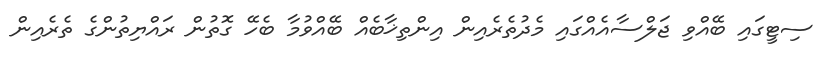
ސިޓީގައި ބޭއްވި ޖަލްސާއެއްގައި މެދުތެރެއިން އިންތިޚާބެއް ބޭއްވުމާ ބެހޭ ގޮތުން ރައްޔިތުންގެ ތެރެއިން